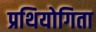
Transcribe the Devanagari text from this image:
प्रथियोगिता